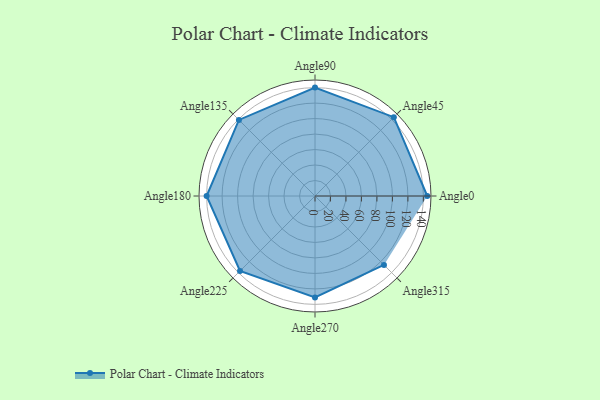
{"axis": {"x": "Angle", "y": "Radius"}, "legend": [""], "data": [{"x": "Angle0", "y": 145.0, "type": ""}, {"x": "Angle45", "y": 144.0, "type": ""}, {"x": "Angle90", "y": 140.0, "type": ""}, {"x": "Angle135", "y": 139.0, "type": ""}, {"x": "Angle180", "y": 140.0, "type": ""}, {"x": "Angle225", "y": 137.0, "type": ""}, {"x": "Angle270", "y": 131.0, "type": ""}, {"x": "Angle315", "y": 126.0, "type": ""}]}